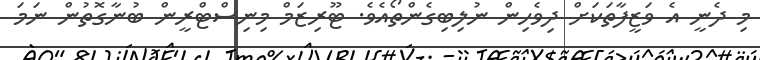
މި ދެނީ އެ ވަޒީފާތަކަށް ދިވެހިން ނުލިބިގެންތޯއެވެ. ޓޫރިޒަމް މިނިސްޓްރީން ބުނާގޮތުން ނަމަ